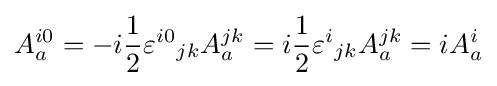
A_{a}^{i0}=-i{1 \over 2}{\varepsilon ^{i0}}_{jk}A_{a}^{jk}=i{1 \over 2}{\varepsilon ^{i}}_{jk}A_{a}^{jk}=iA_{a}^{i}